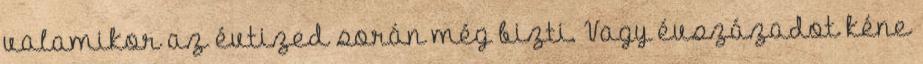
valamikor az évtized során még bizti. Vagy évszázadot kéne